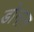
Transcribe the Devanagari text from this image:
डोनान